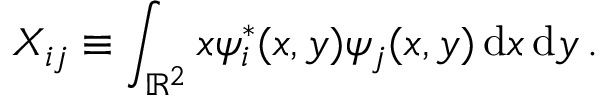
X _ { i j } \equiv \int _ { \mathbb R ^ { 2 } } x \psi _ { i } ^ { * } ( x , y ) \psi _ { j } ( x , y ) \, \mathrm { d } x \, \mathrm { d } y \, .